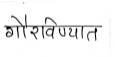
मजकूर: गौरविण्यात